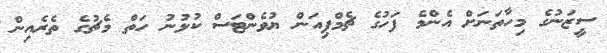
ސީޒަނުގެ މިހާތަނަށް އެންމެ ފަހުގެ ޗެމްޕިއަން ޔުވެންޓަސް ކުޅުނު ހަތް މެޗުގެ ތެރެއިން